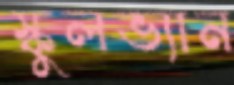
স্কুলভ্যান